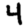
Digit: 4